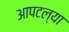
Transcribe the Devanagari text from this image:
आपटल्या